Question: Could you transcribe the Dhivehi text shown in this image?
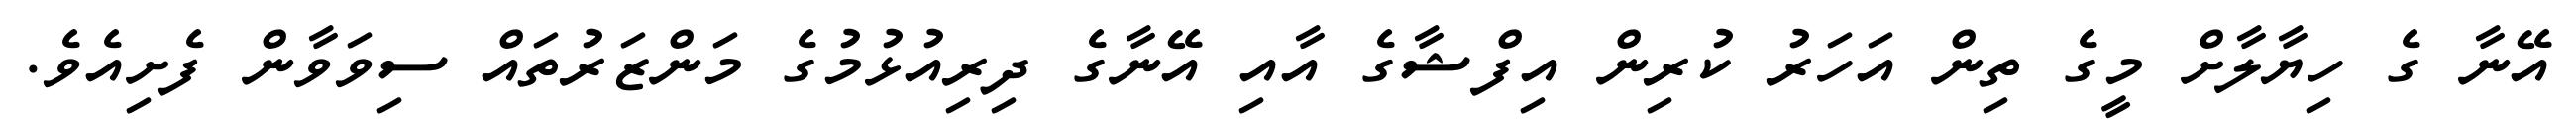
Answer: އޭނާ ގެ ހިޔާލާށް މީގެ ތިން އަހަރު ކުރިން އިފްޝާގެ އާއި އޭނާގެ ދިރިއުޅުމުގެ މަންޒަރުތައް ސިވަވާން ފެށިއެވެ.